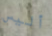
أليس